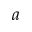
a